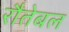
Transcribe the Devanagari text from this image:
रौतेबल